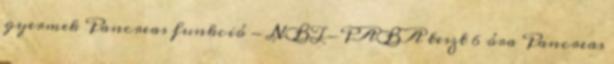
gyermek Pancreas funkció - NBT-PABA teszt 6 óra Pancreas